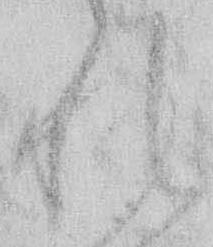
れ